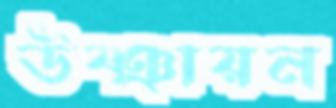
উষ্ঞায়ন